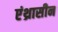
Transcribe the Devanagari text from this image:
एंथ्रासीन